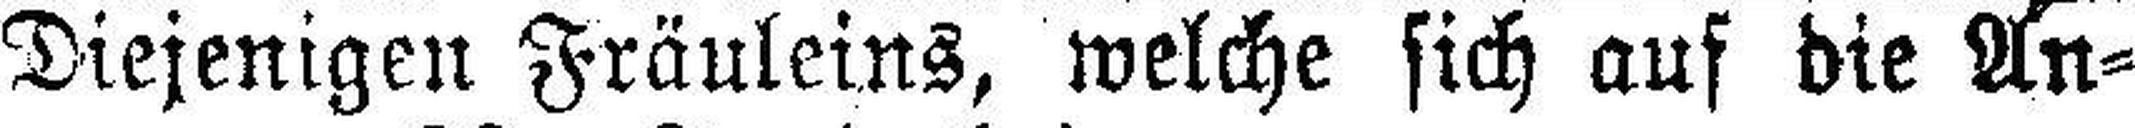
Diejenigen Fräuleins, welche sich auf die An¬